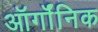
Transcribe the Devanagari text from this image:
ऑर्गॉनिक